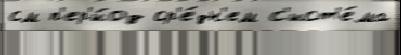
см п'ер'и́од ср'е́дн'ем с'ист'е́ма